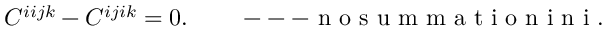
C ^ { i i j k } - C ^ { i j i k } = 0 . \qquad \mathrm { ~ --- ~ n ~ o ~ s ~ u ~ m ~ m ~ a ~ t ~ i ~ o ~ n ~ i ~ n ~ i ~ . ~ }